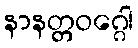
နာနတ္တဝဂ္ဂေါ